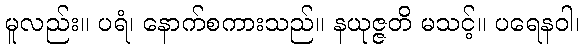
မူလည်း။ ပရံ၊ နောက်စကားသည်။ နယုဇ္ဇတိ မသင့်။ ပရေနဝါ၊